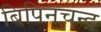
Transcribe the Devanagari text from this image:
बिपिनचन्द्र